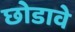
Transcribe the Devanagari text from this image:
छोडावे